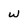
Character: w